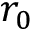
r _ { 0 }